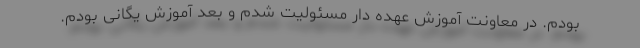
بودم. در معاونت آموزش عهده دار مسئولیت شدم و بعد آموزش یگانی بودم.